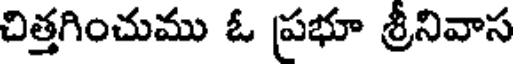
చిత్తగించుము ఓ ప్రభూ శ్రీనివాస